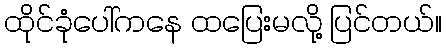
ထိုင်ခုံပေါ်ကနေ ထပြေးမလို့ ပြင်တယ်။